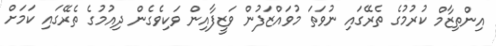
އިންތިޒާމް ކުރުމުގެ ތެރޭގައި ނުވަތަ މުވައްޒަފުން ވަޒީފާއިން ވަކިވެގެން ދިއުމުގެ ތެރޭގައި ކަމަށް